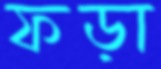
ফড়া